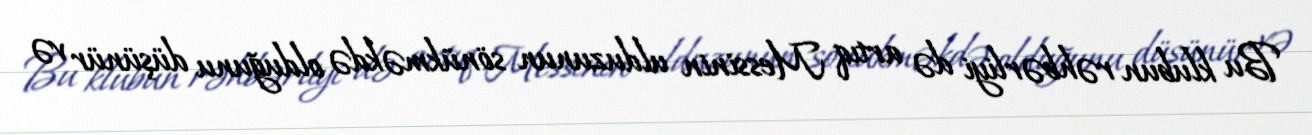
Bu klubun rəhbərliyi də artıq Messinin ulduzunun sönükməkdə olduğunu düşünür və